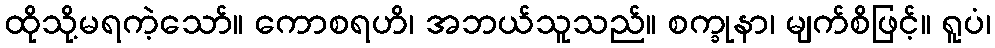
ထိုသို့မရကဲ့သော်။ ကောစရဟိ၊ အဘယ်သူသည်။ စက္ခုနာ၊ မျက်စိဖြင့်။ ရူပံ၊